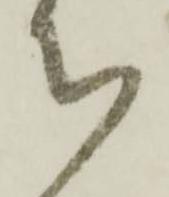
ち